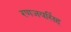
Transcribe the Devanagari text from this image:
रणजयसिंह